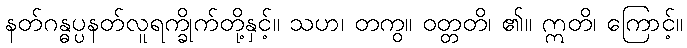
နတ်ဂန္ဓပ္ပနတ်လူရက္ခိုက်တို့နှင့်။ သဟ၊ တကွ။ ဝတ္တတိ၊ ၏။ ဣတိ၊ ကြောင့်။